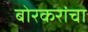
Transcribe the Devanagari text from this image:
बोरकरांचा